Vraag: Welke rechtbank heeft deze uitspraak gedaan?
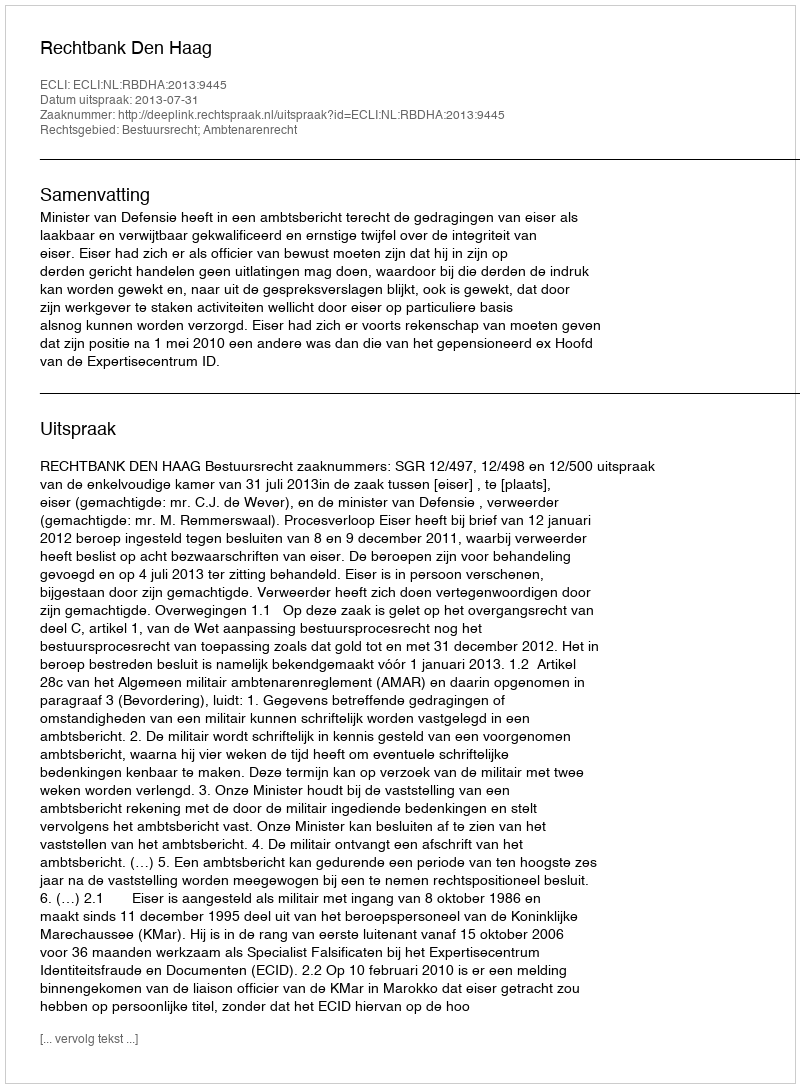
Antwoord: Rechtbank Den Haag